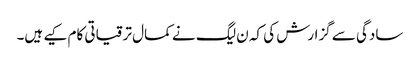
سادگی سے گزارش کی کہ ن لیگ نے کمال ترقیاتی کام کیے ہیں۔